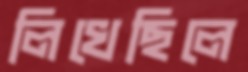
লিখেছিলে